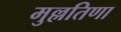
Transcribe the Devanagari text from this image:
मुल्लतिणा